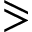
\eqslantgtr